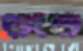
চাংশা